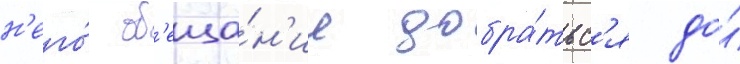
н'его́ об'еща́н'ие добра́тьс'я до́